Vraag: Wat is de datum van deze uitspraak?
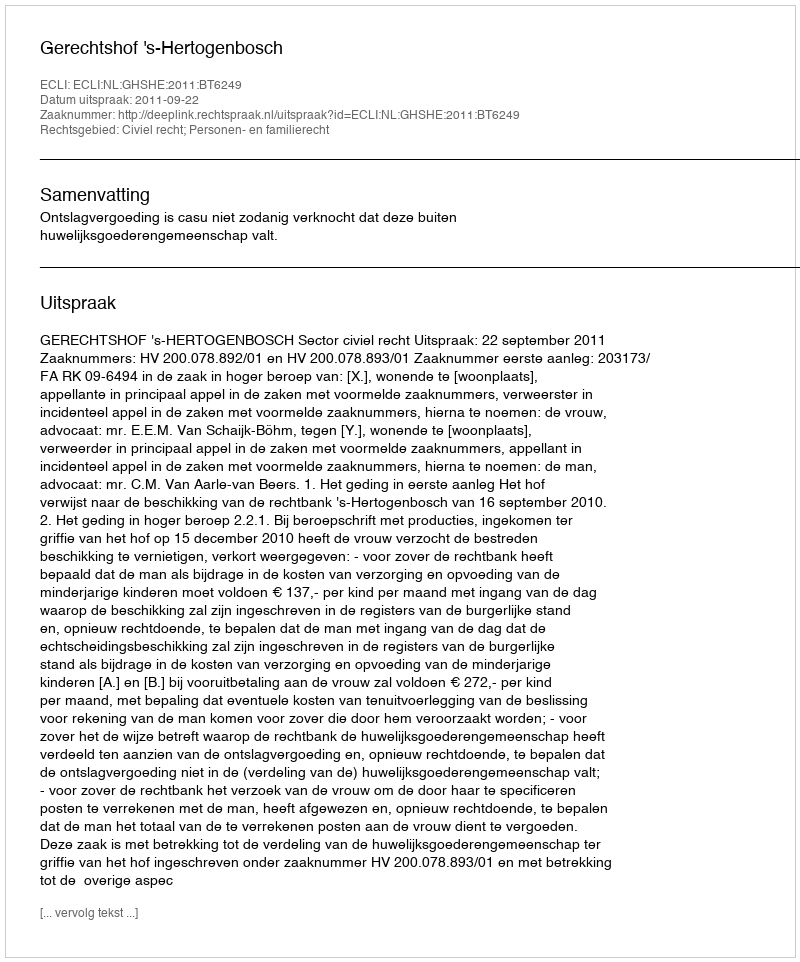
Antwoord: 2011-09-22